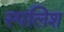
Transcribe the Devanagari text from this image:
स्पलिश